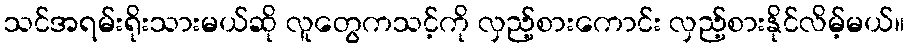
သင်အရမ်းရိုးသားမယ်ဆို လူတွေကသင့်ကို လှည့်စားကောင်း လှည့်စားနိုင်လိမ့်မယ်။